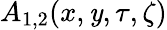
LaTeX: A_{1,2}(x,\mathit{y},\tau,\zeta)